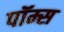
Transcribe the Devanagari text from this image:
पॉम्स